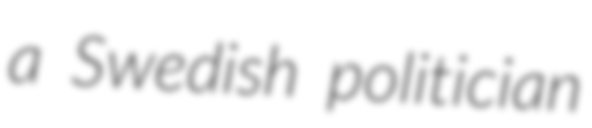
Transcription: a Swedish politician